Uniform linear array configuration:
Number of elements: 4
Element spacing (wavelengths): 0.25
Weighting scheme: hamming
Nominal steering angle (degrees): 45
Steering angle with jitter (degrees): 44.71
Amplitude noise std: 0.05
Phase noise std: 0.05

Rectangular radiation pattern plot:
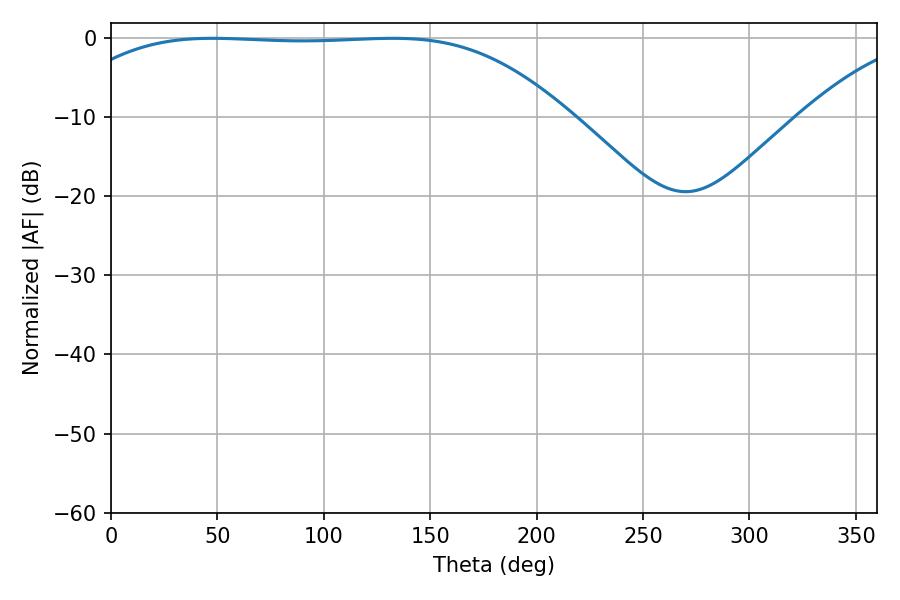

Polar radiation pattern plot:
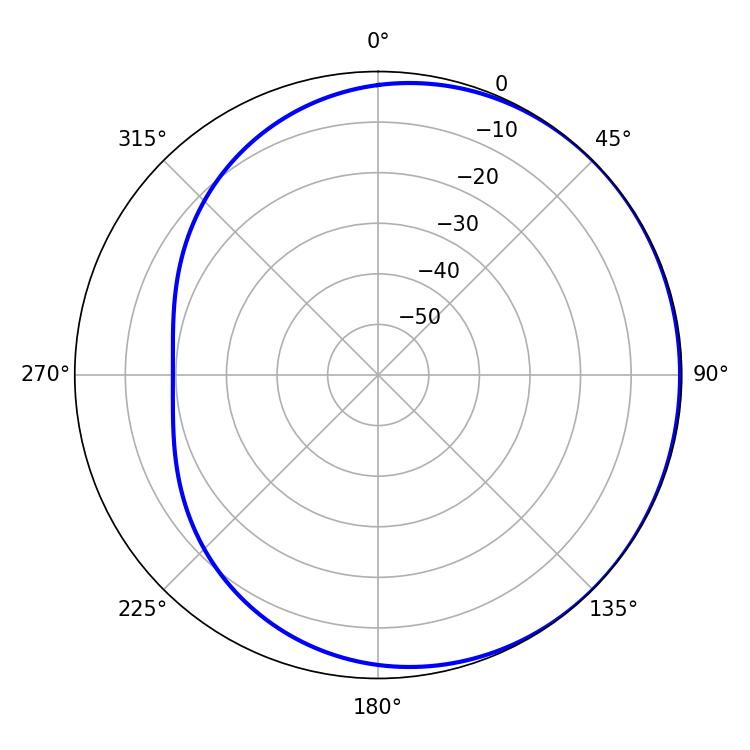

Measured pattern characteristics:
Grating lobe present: FALSE
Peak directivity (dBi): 0.5812
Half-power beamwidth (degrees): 182.52
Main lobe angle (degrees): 47.7